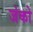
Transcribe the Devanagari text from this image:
जंको